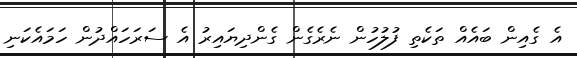
އެ ގެއިން ބައެއް ތަކެތި ފުލުހުން ނެރެގެން ގެންދިޔައިރު އެ ސަރަހައްދުން ހަމައެކަނި